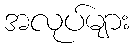
အလုပ်များ